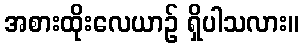
အစားထိုးလေယာဉ် ရှိပါသလား။